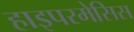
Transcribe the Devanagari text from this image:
हाइपरमेसिस